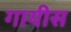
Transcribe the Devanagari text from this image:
गायीस